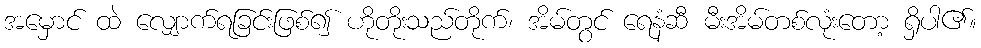
အမှောင် ထဲ လျှောက်ရခြင်းဖြစ်၍ ဟိုတိုးသည်တိုက်၊ အိမ်တွင် ရေနံဆီ မီးအိမ်တစ်လုံးတော့ ရှိပါ၏။